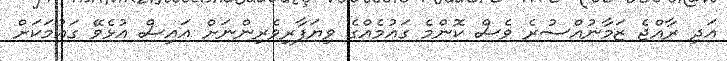
އަދި ރާއްޖެ ޒަމާނުއްސުރެ ވެސް ކޮންމެ ގައުމެއްގެ ވިޔަފާރިވެރިންނަށް އައިސް އުޅެވޭ ގައުމަކަށް